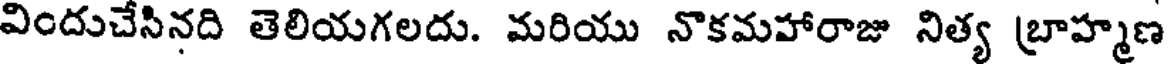
విందుచేసినది తెలియగలదు. మరియు నొకమహారాజు నిత్య బ్రాహ్మణ